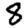
Digit: 8